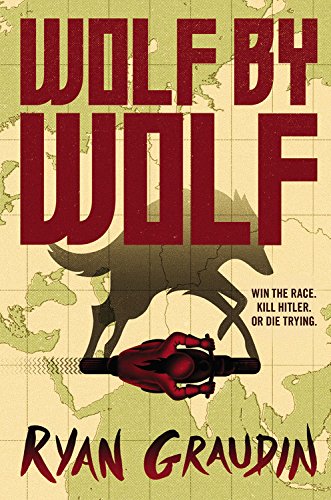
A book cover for Wolf by Wolf; Ryan Graudin; Teen & Young Adult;